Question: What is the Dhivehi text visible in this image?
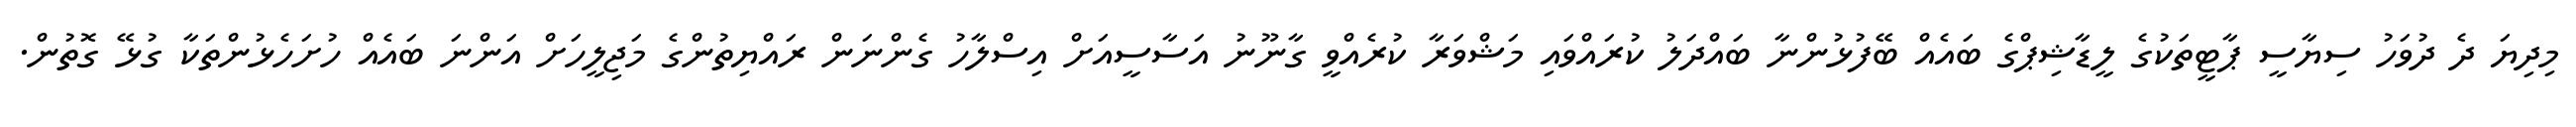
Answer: މިދިޔަ ދެ ދުވަހު ސިޔާސީ ޕާޓީތަކުގެ ލީޑާޝިޕްގެ ބައެއް ބޭފުޅުންނާ ބައްދަލު ކުރައްވައި މަޝްވަރާ ކުރެއްވީ ގާނޫނު އަސާސީއަށް އިސްލާހު ގެންނަން ރައްޔިތުންގެ މަޖިލީހަށް އަންނަ ބައެއް ހުށަހެޅުންތަކާ ގުޅޭ ގޮތުން.